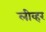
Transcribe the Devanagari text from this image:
लीव्हर